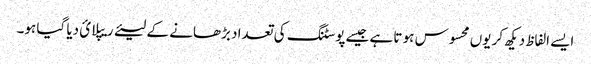
ایسے الفاظ دیکھ کر یوں محسوس ہو تا ہے جیسےپوسٹنگ کی تعداد بڑھانے کے لیئے ریپلائ دیا گیا ہو۔